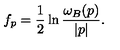
f _ { p } = { \frac { 1 } { 2 } } \ln { \frac { \omega _ { B } ( p ) } { | p | } } .